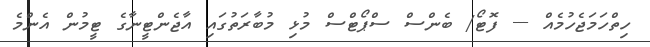
ހިތްހަމަޖެހުމެއް --- ފޮޓޯ/ ބެންސް ސްޕޯޓްސް މުޅި މުބާރަތުގައި އާޖެންޓީނާގެ ޓީމުން އެންމެ